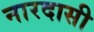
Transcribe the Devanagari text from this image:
नारदासी